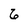
Character: 6